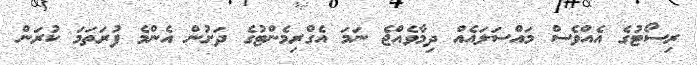
ރިސޯޓުގެ އެއްވެސް މައްސަލައެއް ދިމާވެއްޖެ ނަމަ އެގްރިމެންޓުގެ ދަށުން އެންމެ ފުރަތަމަ ކުރަން